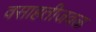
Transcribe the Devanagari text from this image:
वसाहतीजवळ